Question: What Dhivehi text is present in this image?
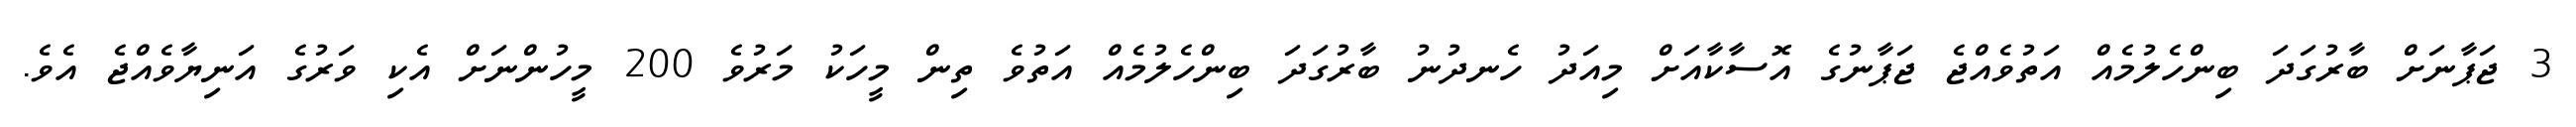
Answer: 3 ޖަޕާނަށް ބާރުގަދަ ބިންހެލުމެއް އަތުވެއްޖެ ޖަޕާނުގެ އޮސާކާއަށް މިއަދު ހެނދުނު ބާރުގަދަ ބިންހެލުމެއް އަތުވެ ތިން މީހަކު މަރުވެ 200 މީހުންނަށް އެކި ވަރުގެ އަނިޔާވެއްޖެ އެވެ.